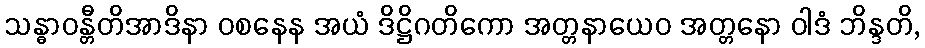
သန္ဓာဝန္တီတိအာဒိနာ ဝစနေန အယံ ဒိဋ္ဌိဂတိကော အတ္တနာယေဝ အတ္တနော ဝါဒံ ဘိန္ဒတိ,